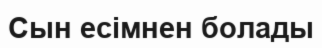
Сын есімнен болады